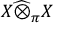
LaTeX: X { \widehat { \otimes } } _ { \pi } X